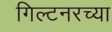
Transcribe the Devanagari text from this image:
गिल्टनरच्या